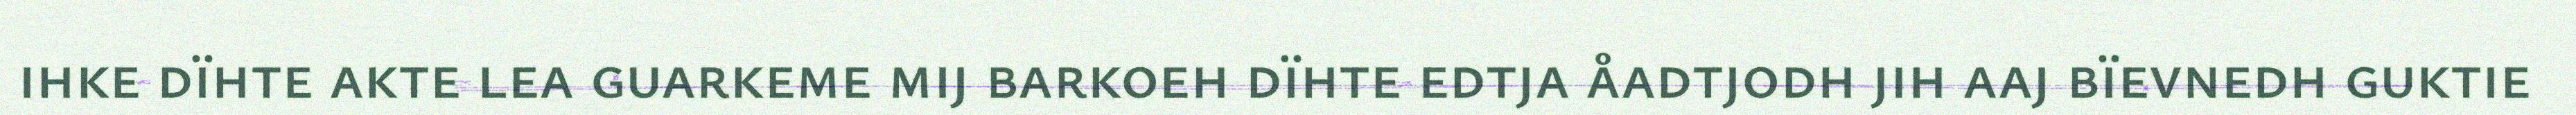
ihke dïhte akte lea guarkeme mij barkoeh dïhte edtja åadtjodh jih aaj bïevnedh guktie